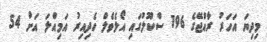
މިދިޔަ އަހަރު ރާއްޖޭގެ 196 ސްކޫލުގައި އޯލެވެލް ހެދިއިރު އަމިއްލަ އަށް 54